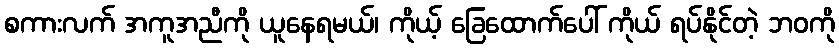
စကားလက် အကူအညီကို ယူနေရမယ်၊ ကိုယ့် ခြေထောက်ပေါ် ကိုယ် ရပ်နိုင်တဲ့ ဘဝကို